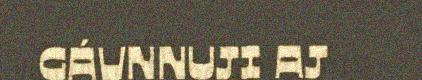
GÁVNNUJI AJ